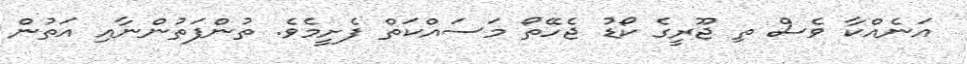
އަނެއްކާ ވެސް ތި ޖޫރީގެ ކޯޑު ޖެހޭތޯ މަސައްކަތް ފެށީމެވެ. ތުންފަތުންނާއި އަތުން